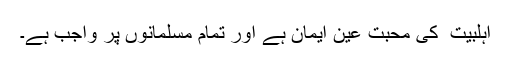
اہلبیت ؑ کی محبت عین ایمان ہے اور تمام مسلمانوں پر واجب ہے۔